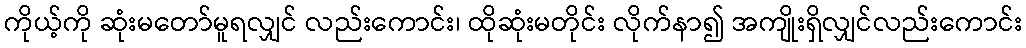
ကိုယ့်ကို ဆုံးမတော်မူရလျှင် လည်းကောင်း၊ ထိုဆုံးမတိုင်း လိုက်နာ၍ အကျိုးရှိလျှင်လည်းကောင်း